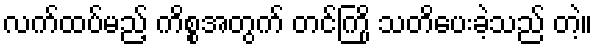
လက်ထပ်မည့် ကိစ္စအတွက် တင်ကြို သတိပေးခဲ့သည် တဲ့။